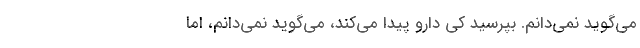
می‌گوید نمی‌دانم. بپرسید کی دارو پیدا می‌کند، می‌گوید نمی‌دانم، اما